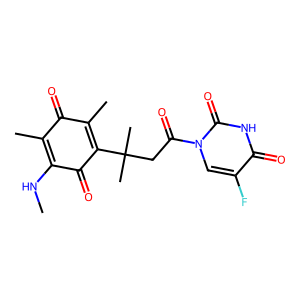
SMILES: CNC1=C(C)C(=O)C(C)=C(C(C)(C)CC(=O)n2cc(F)c(=O)[nH]c2=O)C1=O
Inhibits HIV replication: No